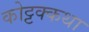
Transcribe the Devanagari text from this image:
कोट्टक्कथा